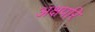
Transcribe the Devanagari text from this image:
अक्षपरि